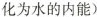
化为水的内能)